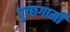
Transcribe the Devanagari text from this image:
पुच्छगामी